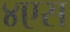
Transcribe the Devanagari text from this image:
४एस